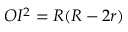
O I ^ { 2 } = R ( R - 2 r )